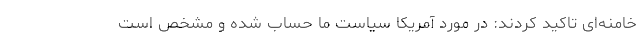
خامنه‌ای تاکید کردند: در مورد آمریکا سیاست ما حساب شده و مشخص است